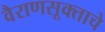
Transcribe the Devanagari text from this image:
वैराणसूक्ताचे